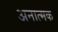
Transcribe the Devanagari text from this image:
अनात्मक